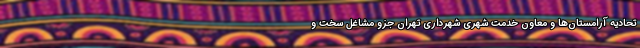
تحادیه آرامستان‌ها و معاون خدمت شهری شهرداری تهران جزو مشاغل سخت و